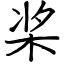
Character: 桨